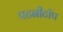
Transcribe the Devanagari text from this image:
पटनीटॉप